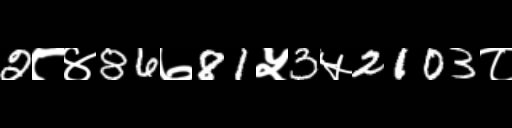
Text: 2८४86७81५3५2103८